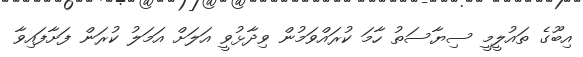
އިބޫގެ ތައުލީމީ ސިޔާސަތު ހާމަ ކުރައްވަމުން ވިދާޅުވީ އަލަށް އަމަލު ކުރަން ފަށާފައިވާ